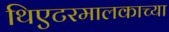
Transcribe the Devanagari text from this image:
थिएटरमालकाच्या